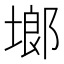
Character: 鿾